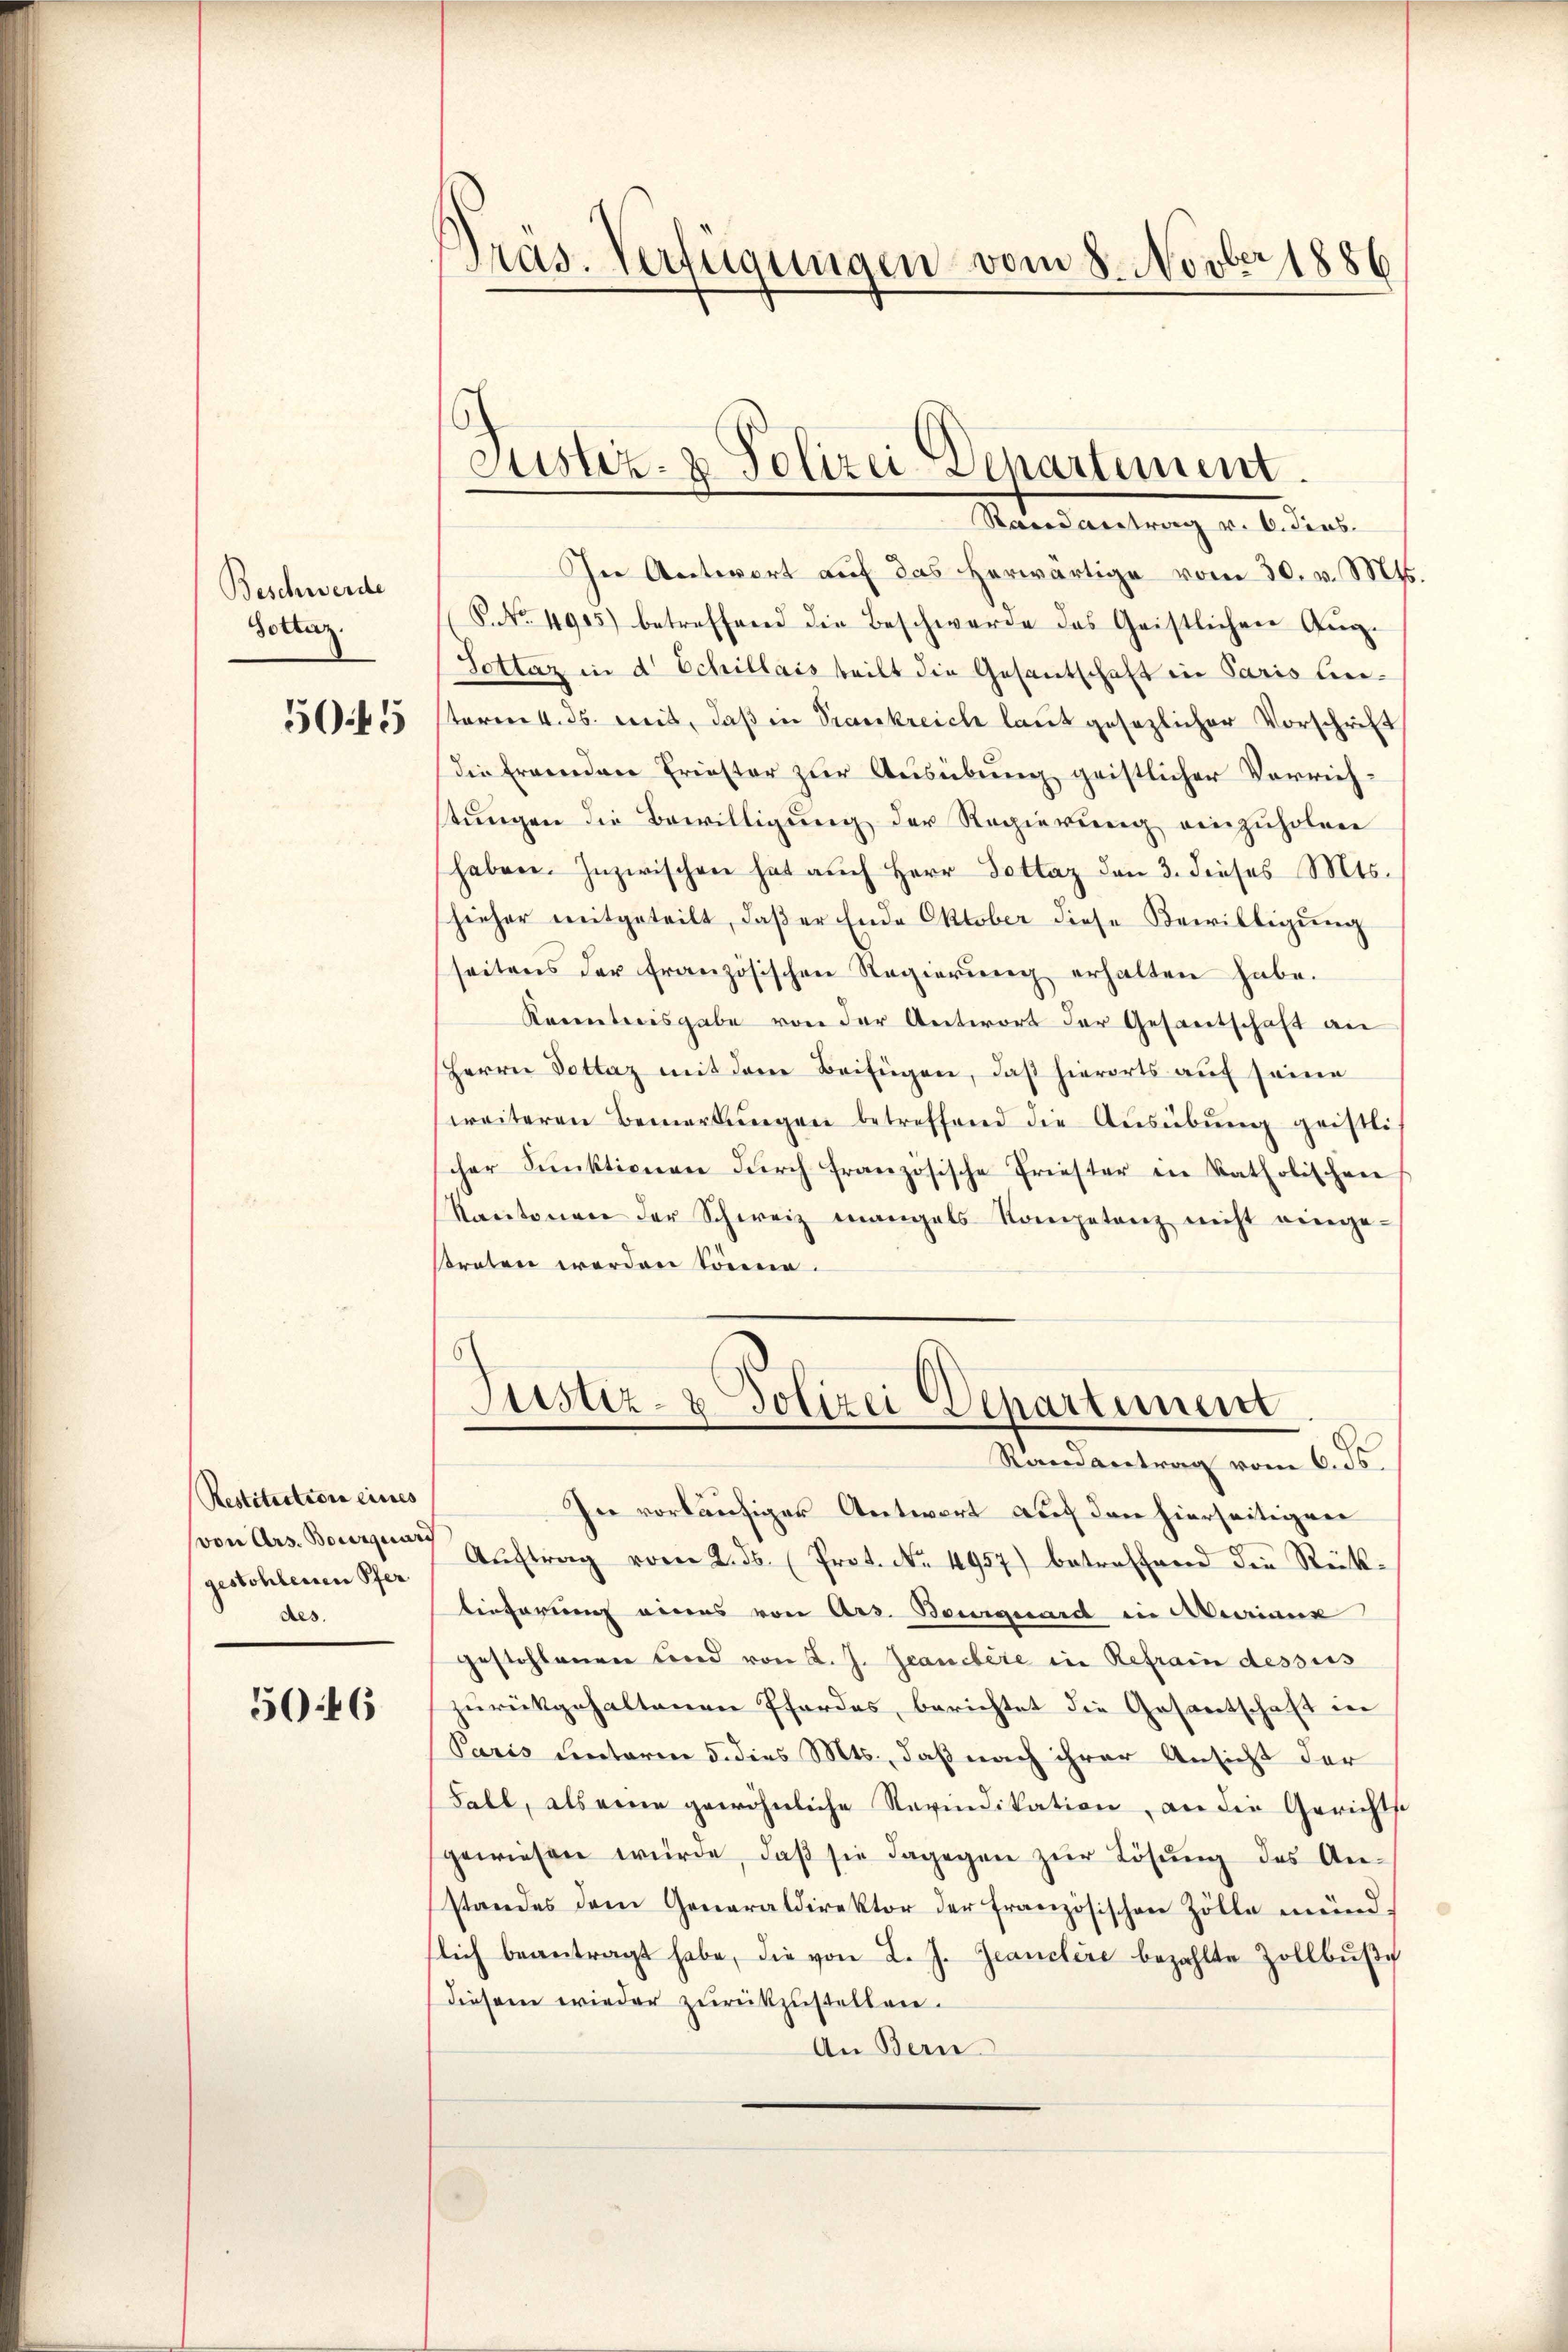
Beschwerde
dottaz.
505

Restitution eines
(von Ars. Bourquari
gestohlenen Pfer
des.

50:16

Präs. Verfügungen vom 8. Novber 1886

Justiz- & Polizei Departement.

Manes Antrang u. beden.
In Antwort auf das herwärtige vom 30. v. Mts.
P. No. 4915) betreffend die Beschwerde das Geistlichen Aug.
Sottaz in d. Schillais teilt die Gesantschaft in Paris linsterer 4. ds. mit, daß in Trankreich laut gesezlicher Vorschrift
die Ernendene Friester zur Ausübung geistlicher Verrichtungen die Bewilligung der Regierung einzuholen
haben. Inzwischen hat auch Herr Dottaz den 3. dieses Mts.
hieher mitgeteilt, daβ er Ende Oktober diese Bewilligŭng
seitens der französischen Regierung erhalten habe.
Kenntnisgabe von der Antwort der Gesantschaft an
Herrn Dottaz mit dem Beifügen, daß hierorts auf seine
weiteren Bemerkŭngen betreffend die Aŭsübŭng geistli
cher Funktionen dŭrch französische Friester in katholischen
Kantonen der Schweiz mangels Kompetenz nicht einge-
sraten werden könne.
Justiz- & Polizei Departement
d
Randantrag vom 6. ds.
In vorläufiger Antwort auf den hierseitigen
Aŭftrag vom 2. ds. (Prot. No. 4957) betreffend die Rück-
tieferung eines von Ars. Bourquard in Auriaux
gestohlenen Lind von d. J. Jeanebere in Refrain dessus
zurückgehaltenen Pfordes, berichtet die Gesantschaft in
Paris unterm 5. dies Mts., daß nach ihrer Ansicht der
Fall, als eine gewöhnliche Revindikation, an die Gerichts
gewiesen würde, daβ sie dagegen zŭr Lösŭng des An-
standes dem Generaldirektor der französischen Zölle mündlich beantragt habe, die von L. J. Jeanclere bezahlte Zollbŭβe
diesem wieder zurückzustellen.
An Bern